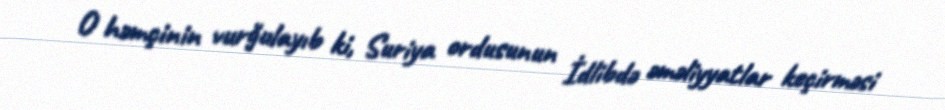
O həmçinin vurğulayıb ki, Suriya ordusunun İdlibdə əməliyyatlar keçirməsi